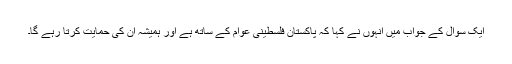
ایک سوال کے جواب میں انہوں نے کہا کہ پاکستان فلسطینی عوام کے ساتھ ہے اور ہمیشہ ان کی حمایت کرتا رہے گا۔